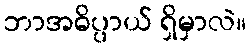
ဘာအဓိပ္ပာယ် ရှိမှာလဲ။